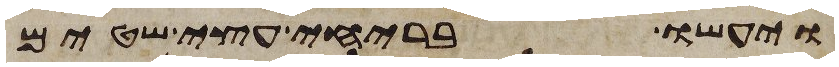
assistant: ויעשו בריחי עצי שטים